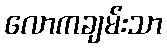
လောကချမ်းသာ